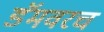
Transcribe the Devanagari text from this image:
डॅमवरच